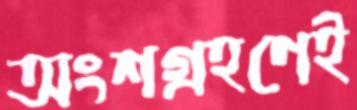
অংশগ্রহণেই